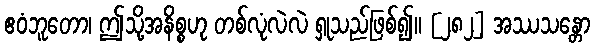
ဧဝံဘူတော၊ ဤသို့အနိစ္စဟု တစ်လုံလဲလဲ ရှုသည်ဖြစ်၍။ [၂၈၂] အဿသန္တော